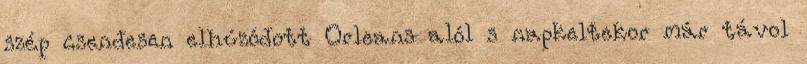
szép csendesen elhúzódott Orleans alól s napkeltekor már távol